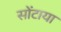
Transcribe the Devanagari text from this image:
सोंटाया